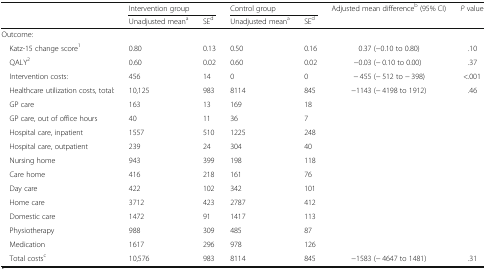
| <ROWSPAN=2>  | <COLSPAN=2> Intervention group | <COLSPAN=2> Control group | Adjusted mean differenceb (95% CI) | P value |
 | Unadjusted meana | SEd | Unadjusted meana | SEd |  |  |
 | --- | --- | --- | --- | --- | --- | --- |
 | <COLSPAN=7> Outcome: |
 | Katz-15 change score1 | 0.80 | 0.13 | 0.50 | 0.16 | 0.37 (−0.10 to 0.80) | .10 |
 | QALY2 | 0.60 | 0.02 | 0.60 | 0.02 | −0.03 (− 0.10 to 0.00) | .37 |
 | Intervention costs: | 456 | 14 | 0 | 0 | − 455 (− 512 to − 398) | <.001 |
 | Healthcare utilization costs, total: | 10,125 | 983 | 8114 | 845 | −1143 (− 4198 to 1912) | .46 |
 | GP care | 163 | 13 | 169 | 18 |  |  |
 | GP care, out of office hours | 40 | 11 | 36 | 7 |  |  |
 | Hospital care, inpatient | 1557 | 510 | 1225 | 248 |  |  |
 | Hospital care, outpatient | 239 | 24 | 304 | 40 |  |  |
 | Nursing home | 943 | 399 | 198 | 118 |  |  |
 | Care home | 416 | 218 | 161 | 76 |  |  |
 | Day care | 422 | 102 | 342 | 101 |  |  |
 | Home care | 3712 | 423 | 2787 | 412 |  |  |
 | Domestic care | 1472 | 91 | 1417 | 113 |  |  |
 | Physiotherapy | 988 | 309 | 485 | 87 |  |  |
 | Medication | 1617 | 296 | 978 | 126 |  |  |
 | Total costsc | 10,576 | 983 | 8114 | 845 | −1583 (− 4647 to 1481) | .31 |